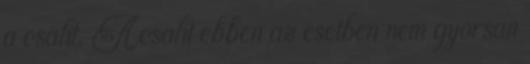
a csalit. A csalit ebben az esetben nem gyorsan